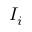
I _ { i }